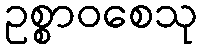
ဥစ္စာဝစေသု